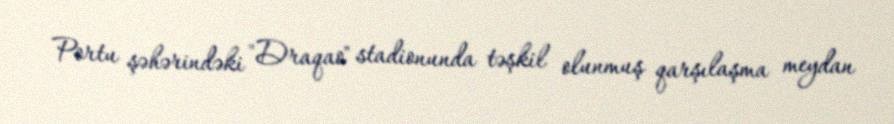
Portu şəhərindəki "Draqao" stadionunda təşkil olunmuş qarşılaşma meydan